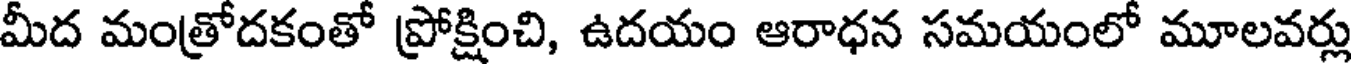
మీద మంత్రోదకంతో ప్రోక్షించి, ఉదయం ఆరాధన సమయంలో మూలవర్లు